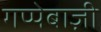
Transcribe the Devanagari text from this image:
गप्पेबाज़ी